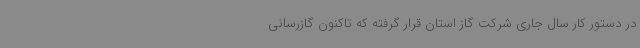
در دستور کار سال جاری شرکت گاز استان قرار گرفته که تاکنون گازرسانی